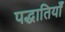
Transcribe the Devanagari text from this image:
पद्धातियाँ